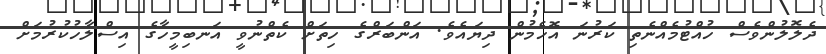
ދެލޮލުންވެސް ހުއްޓުމެއްނެތި ކަރުނަ އޮހެމުން ދިޔައެވެ. އަންބަރްގެ ހިތަށް ކެތްނުވީ އަނބިމީހާގެ އިސްލާހުކުރުމަށް